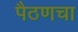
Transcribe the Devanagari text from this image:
पैठणचा